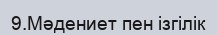
9.Мәдениет пен ізгілік